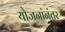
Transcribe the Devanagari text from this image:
योजनांनंतर